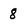
Character: 8